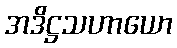
အဒိဋ္ဌသဟာယော